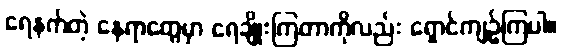
ရေနက်တဲ့ နေရာတွေမှာ ရေချိုးကြတာကိုလည်း ရှောင်ကျဉ်ကြပါ။